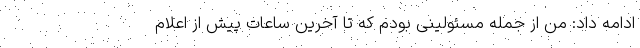
ادامه داد: من از جمله مسئولینی بودم که تا آخرین ساعات پیش از اعلام‌